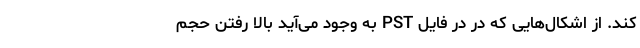
کند. از اشکال‌هایی که در در فایل PST به وجود می‌­آید بالا رفتن حجم